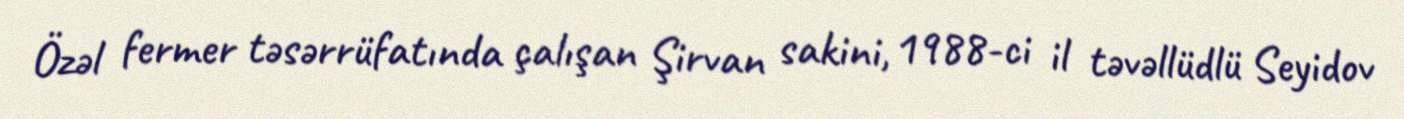
Özəl fermer təsərrüfatında çalışan Şirvan sakini, 1988-ci il təvəllüdlü Seyidov